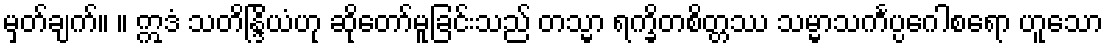
မှတ်ချက်။ ။ ဣဒံ သတိန္ဒြိယံဟု ဆိုတော်မူခြင်းသည် တသ္မာ ရက္ခိတစိတ္တဿ သမ္မာသင်္ကပ္ပဂေါစရော ဟူသော